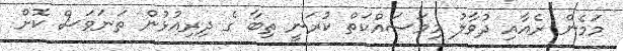
މަމެން ރެއާއި ދުވާލު މިމަސައްކަތް ކުރަނީ ތިބާ ގެ ދިރިއުޅުން ތަނަވަސް ކޮށް